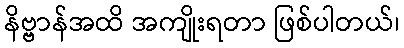
နိဗ္ဗာန်အထိ အကျိုးရတာ ဖြစ်ပါတယ်၊